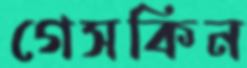
গেসকিন